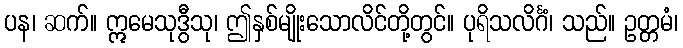
ပန၊ ဆက်။ ဣမေသုဒွီသု၊ ဤနှစ်မျိုးသောလိင်တို့တွင်။ ပုရိသလိင်္ဂံ၊ သည်။ ဥတ္တမံ၊